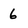
Character: 6